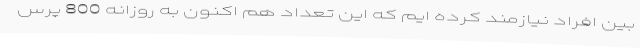
بین افراد نیازمند کرده ایم که این تعداد هم اکنون به روزانه 800 پرس